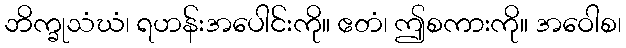
ဘိက္ခုသံဃံ၊ ရဟန်းအပေါင်းကို။ ဧတံ၊ ဤစကားကို။ အဝေါစ၊